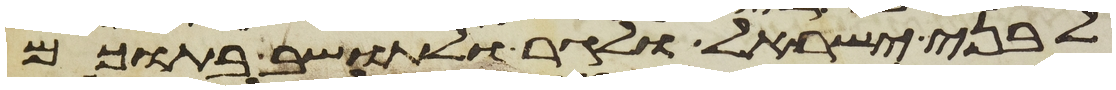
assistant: לבני ישראל ולגר ולתושב בתוכם